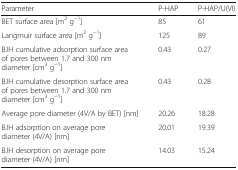
<table><thead><tr><td><b>Parameter</b></td><td><b>P-HAP</b></td><td><b>P-HAP/U(VI)</b></td></tr></thead><tbody><tr><td>BET surface area[m<sup>2</sup> g<sup>−1</sup>]</td><td>85</td><td>61</td></tr><tr><td>Langmuir surface area[m<sup>2</sup> g<sup>−1</sup>]</td><td>125</td><td>89</td></tr><tr><td>BJH cumulative adsorption surface area of pores between 1.7and 300 nm diameter[cm<sup>3</sup> g<sup>−1</sup>]</td><td>0.43</td><td>0.27</td></tr><tr><td>BJH cumulative desorption surface area of pores between 1.7and 300 nm diameter[cm<sup>3</sup> g<sup>−1</sup>]</td><td>0.43</td><td>0.28</td></tr><tr><td>Average pore diameter (4V/A by BET) [nm]</td><td>20.26</td><td>18.28</td></tr><tr><td>BJH adsorption on average pore diameter (4V/A)[nm]</td><td>20.01</td><td>19.39</td></tr><tr><td>BJH desorption on average pore diameter (4V/A)[nm]</td><td>14.03</td><td>15.24</td></tr></tbody></table>